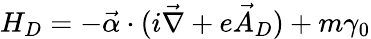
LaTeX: H_{D}=-\vec{\alpha}\cdot(i\vec{\nabla}+e\vec{A}_{D})+m\gamma_{0}